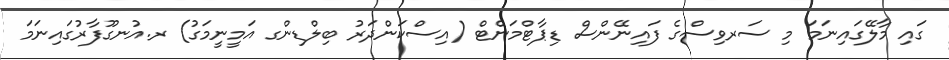
ގައި މާލޭގައިނަމަ މި ސަރވިސްގެ ފައިނޭންސް ޑިޕާޓްމަންޓް (އިސްކަންދަރު ބިލްޑިންގ އަމީނީމަގު) ރ.އުނގޫފާރުގައިނަމަ